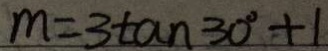
m = 3 \tan 3 0 ^ { \circ } + 1